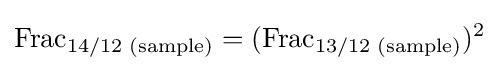
{\text{Frac}}_{\text{14/12 (sample)}}=({\text{Frac}}_{\text{13/12 (sample)}})^{2}